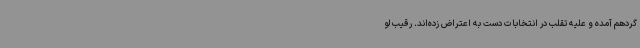
گردهم آمده و علیه تقلب در انتخابات دست به اعتراض زده‌اند. رقیب لو